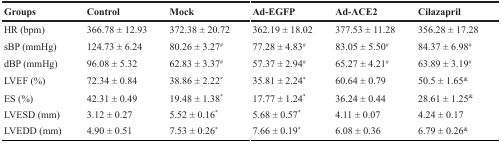
<table><thead><tr><td><b>Groups</b></td><td><b>Control</b></td><td><b>Mock</b></td><td><b>Ad-EGFP</b></td><td><b>Ad-ACE2</b></td><td><b>Cilazapril</b></td></tr></thead><tbody><tr><td>HR (bpm)</td><td>366.78 ± 12.93</td><td>372.38 ± 20.72</td><td>362.19 ± 18.02</td><td>377.53 ± 11.28</td><td>356.28 ± 17.28</td></tr><tr><td>sBP (mmHg)</td><td>124.73 ± 6.24</td><td>80.26 ± 3.27<sup>#</sup></td><td>77.28 ± 4.83<sup>#</sup></td><td>83.05 ± 5.50<sup>#</sup></td><td>84.37 ± 6.98<sup>#</sup></td></tr><tr><td>dBP (mmHg)</td><td>96.08 ± 5.32</td><td>62.83 ± 3.37<sup>#</sup></td><td>57.37 ± 2.94<sup>#</sup></td><td>65.27 ± 4.21<sup>#</sup></td><td>63.89 ± 3.19<sup>#</sup></td></tr><tr><td>LVEF (%)</td><td>72.34 ± 0.84</td><td>38.86 ± 2.22*</td><td>35.81 ± 2.24*</td><td>60.64 ± 0.79</td><td>50.5 ± 1.65<sup>&amp;</sup></td></tr><tr><td>ES (%)</td><td>42.31 ± 0.49</td><td>19.48 ± 1.38*</td><td>17.77 ± 1.24*</td><td>36.24 ± 0.44</td><td>28.61 ± 1.25<sup>&amp;</sup></td></tr><tr><td>LVESD (mm)</td><td>3.12 ± 0.27</td><td>5.52 ± 0.16*</td><td>5.68 ± 0.57*</td><td>4.11 ± 0.07</td><td>4.24 ± 0.17</td></tr><tr><td>LVEDD (mm)</td><td>4.90 ± 0.51</td><td>7.53 ± 0.26*</td><td>7.66 ± 0.19*</td><td>6.08 ± 0.36</td><td>6.79 ± 0.26<sup>&amp;</sup></td></tr></tbody></table>